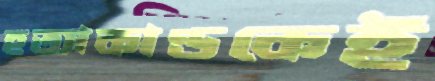
হত্যাকাণ্ডকেই